Lunatic asylums Madras 1892-1911 - 1892-1911
Year: 1892
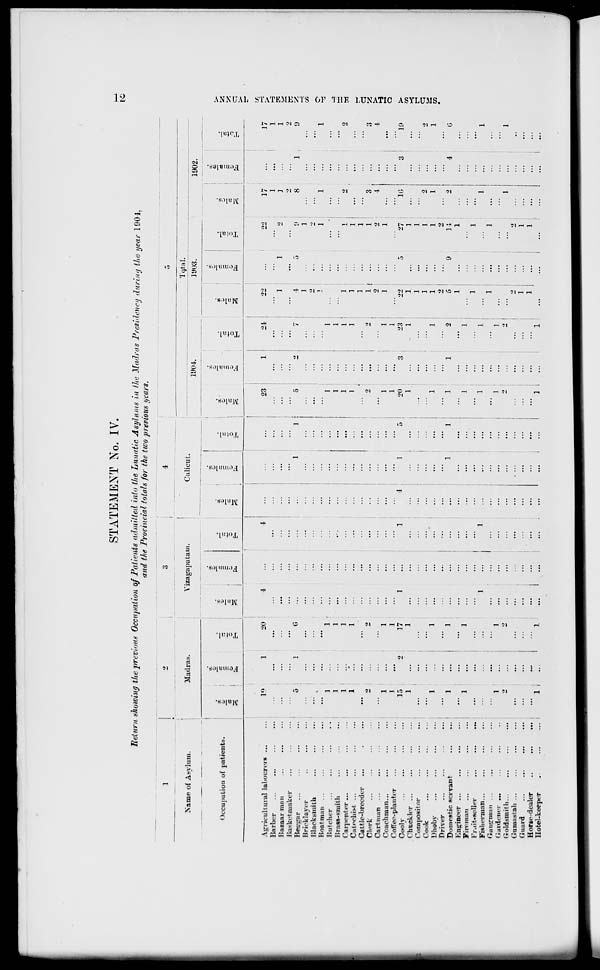
STATEMENT No. IV.
Return showing the prevail* Occupation of Patients admitted into the Lunatic Asylums in the Madras Presidency during the year 1904,
and the Provincial totals for the two previous years.
t>S
Name of Aevlum.
Madras.
Vizagapatan
I >ecupalion of patients.
A«ri icuh ural labourers
Barber
liazaar man
liasket maker
Beagar
Bricklayer
Blacksmith
Boatman ...
Butcher
ffiaw mniHi
Carpenter ...
Catechist ...
Cattle-breeder
Cl-rk
Cartman ...
Coachman...
Coffee-planter
Coolv
Chuckler
Compositor
Cook
Dhobv
Driver
Domestic servant
Kngnoer ...
Fireman
Fruit soller
Fislierman...
Gauguuu ...
(iuidener ...
(loldsmit li...
C'umastali ...
Guard
Horse-dealer
Hotel-keeper
..
£
P=H
19
•10
...
...
>
...
]
]
1
...
1
1
]
1
1
1
1
1
]
5
2
17
1
...
1
1
...
1
1
...
1
1
...
" 1
S5
if.
i>
1-3
5
OB
c
w
ES
Q
r<
55